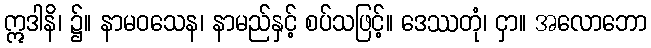
ဣဒါနိ၊ ၌။ နာမဝသေန၊ နာမည်နှင့် စပ်သဖြင့်။ ဒေဿတုံ၊ ငှာ။ အလောဘော